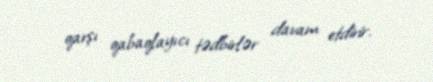
qarşı qabaqlayıcı tədbirlər davam etdirir.